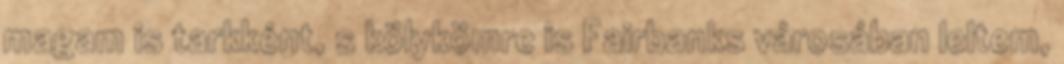
magam is tarkként, s kölykömre is Fairbanks városában leltem,